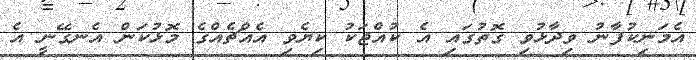
އެމަނިކުފާނު ވިދާޅުވި ގޮތުގައި އެ ކުއްޖަކު ކިޔެވި އެއްޗެއްގެ މޮޅުކަން އެނގޭނީ އެ